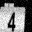
Digit: 4